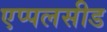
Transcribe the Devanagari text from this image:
एप्पलसीड